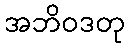
အဘိဝဒတု